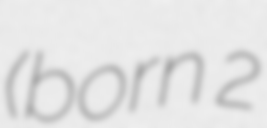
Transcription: (born 2